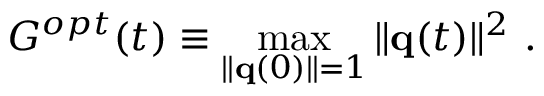
G ^ { o p t } ( t ) \equiv \operatorname* { m a x } _ { \| { \bf q } ( 0 ) \| = 1 } \| { \bf q } ( t ) \| ^ { 2 } \mathrm { ~ . ~ }